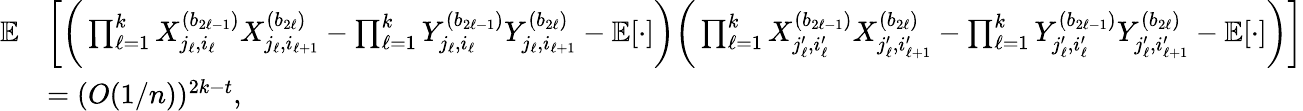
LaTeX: \begin{array}{rl}{\mathbb{E}}&{\bigg[\bigg(\prod_{\ell=1}^{k}X_{j_{\ell},i_{\ell}}^{(b_{2\ell-1})}X_{j_{\ell},i_{\ell+1}}^{(b_{2\ell})}-\prod_{\ell=1}^{k}Y_{j_{\ell},i_{\ell}}^{(b_{2\ell-1})}Y_{j_{\ell},i_{\ell+1}}^{(b_{2\ell})}-\mathbb{E}[\cdot]\bigg)\bigg(\prod_{\ell=1}^{k}X_{j_{\ell}^{\prime},i_{\ell}^{\prime}}^{(b_{2\ell-1})}X_{j_{\ell}^{\prime},i_{\ell+1}^{\prime}}^{(b_{2\ell})}-\prod_{\ell=1}^{k}Y_{j_{\ell}^{\prime},i_{\ell}^{\prime}}^{(b_{2\ell-1})}Y_{j_{\ell}^{\prime},i_{\ell+1}^{\prime}}^{(b_{2\ell})}-\mathbb{E}[\cdot]\bigg)\bigg]}\\ &{=(O(1/n))^{2k-t},}\end{array}